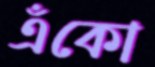
এঁকো